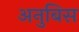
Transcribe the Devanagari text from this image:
अनुबिस